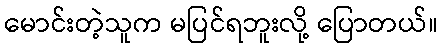
မောင်းတဲ့သူက မပြင်ရဘူးလို့ ပြောတယ်။